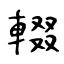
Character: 輟